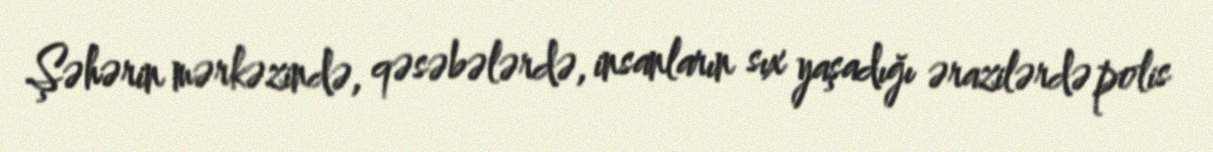
Şəhərin mərkəzində, qəsəbələrdə, insanların sıx yaşadığı ərazilərdə polis